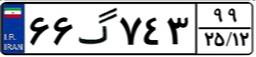
۱۵گ۳۵۶۷۸